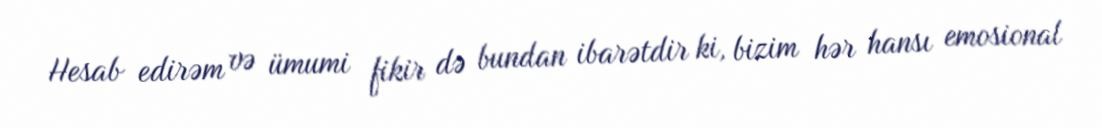
Hesab edirəm və ümumi fikir də bundan ibarətdir ki, bizim hər hansı emosional